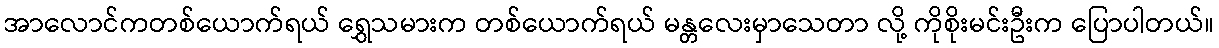
အာလောင်ကတစ်ယောက်ရယ် ရွှေသမားက တစ်ယောက်ရယ် မန္တလေးမှာသေတာ လို့ ကိုစိုးမင်းဦးက ပြောပါတယ်။